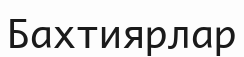
Бахтиярлар